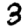
Digit: 3